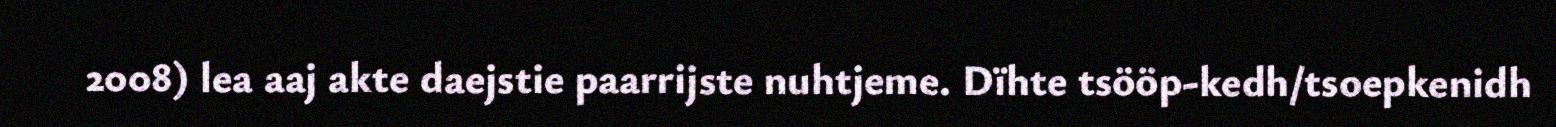
2008) lea aaj akte daejstie paarrijste nuhtjeme. Dïhte tsööp-kedh/tsoepkenidh